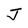
Character: J